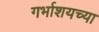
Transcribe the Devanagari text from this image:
गर्भाशयच्या